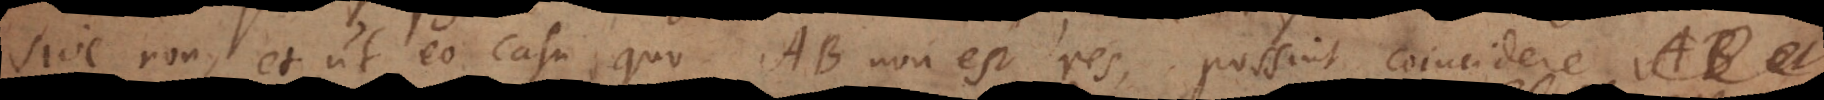
sive non, et ut eo casu quo AB non est res possint coincidere